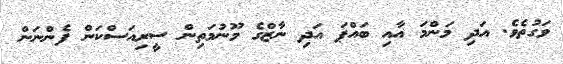
ވަގުތެވެ. އަދި މަންމަ އާއި ބައްޕަ އަދި ނާޒްގެ މޫނުމަތިން ސީރިއަސްކަން ފެންނަން